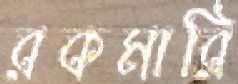
রকমারি